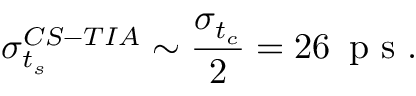
\sigma _ { t _ { s } } ^ { \footnotesize C S - T I A } \sim \frac { \sigma _ { t _ { c } } } { 2 } = 2 6 \, \mathrm { ~ p ~ s ~ } .